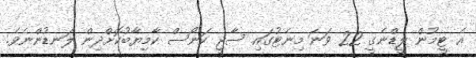
އެ ޓީމުން ލީޑްނެގީ 22 ވަނަ މިނެޓުގައި ސާޖީ ކަނޯސް ކާމިޔާބުކޮށްދިން ލަނޑުންނެވެ.